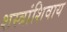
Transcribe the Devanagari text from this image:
शस्त्रांशिवाय